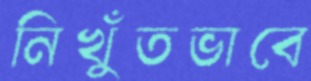
নিখুঁতভাবে